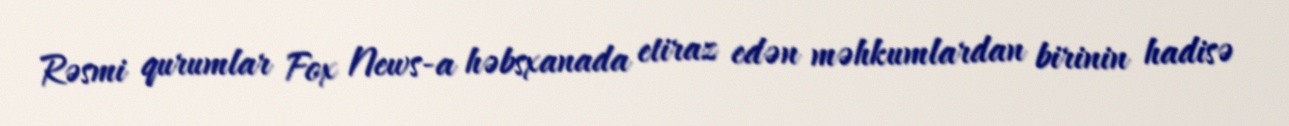
Rəsmi qurumlar Fox News-a həbsxanada etiraz edən məhkumlardan birinin hadisə